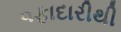
વફાદારીથી